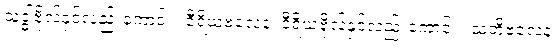
သဒ္ဓါဗိုလ်နှင့်လည်းကောင်း။ ဝီရိယဗလေန၊ ဝီရိယဗိုလ်နှင့်လည်းကောင်း။ သတိဗလေန၊